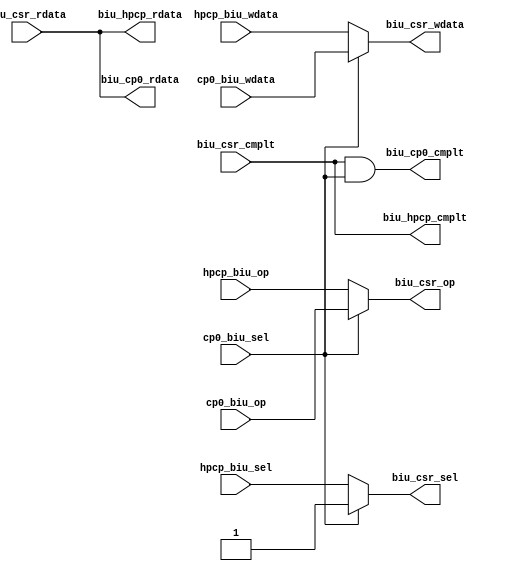
/*Copyright 2019-2021 T-Head Semiconductor Co., Ltd.

Licensed under the Apache License, Version 2.0 (the "License");
you may not use this file except in compliance with the License.
You may obtain a copy of the License at

    http://www.apache.org/licenses/LICENSE-2.0

Unless required by applicable law or agreed to in writing, software
distributed under the License is distributed on an "AS IS" BASIS,
WITHOUT WARRANTIES OR CONDITIONS OF ANY KIND, either express or implied.
See the License for the specific language governing permissions and
limitations under the License.
*/
module ct_biu_csr_req_arbiter(
  biu_cp0_cmplt,
  biu_cp0_rdata,
  biu_csr_cmplt,
  biu_csr_op,
  biu_csr_rdata,
  biu_csr_sel,
  biu_csr_wdata,
  biu_hpcp_cmplt,
  biu_hpcp_rdata,
  cp0_biu_op,
  cp0_biu_sel,
  cp0_biu_wdata,
  hpcp_biu_op,
  hpcp_biu_sel,
  hpcp_biu_wdata
);

// &Ports; @23
input            biu_csr_cmplt; 
input   [127:0]  biu_csr_rdata; 
input   [15 :0]  cp0_biu_op;    
input            cp0_biu_sel;   
input   [63 :0]  cp0_biu_wdata; 
input   [15 :0]  hpcp_biu_op;   
input            hpcp_biu_sel;  
input   [63 :0]  hpcp_biu_wdata; 
output           biu_cp0_cmplt; 
output  [127:0]  biu_cp0_rdata; 
output  [15 :0]  biu_csr_op;    
output           biu_csr_sel;   
output  [63 :0]  biu_csr_wdata; 
output           biu_hpcp_cmplt; 
output  [127:0]  biu_hpcp_rdata; 

// &Regs; @24
reg     [15 :0]  biu_csr_op;    
reg              biu_csr_sel;   
reg     [63 :0]  biu_csr_wdata; 

// &Wires; @25
wire             biu_cp0_cmplt; 
wire    [127:0]  biu_cp0_rdata; 
wire             biu_csr_cmplt; 
wire    [127:0]  biu_csr_rdata; 
wire             biu_hpcp_cmplt; 
wire    [127:0]  biu_hpcp_rdata; 
wire    [15 :0]  cp0_biu_op;    
wire             cp0_biu_sel;   
wire    [63 :0]  cp0_biu_wdata; 
wire    [15 :0]  hpcp_biu_op;   
wire             hpcp_biu_sel;  
wire    [63 :0]  hpcp_biu_wdata; 


// &CombBeg; @27
always @( hpcp_biu_op[15:0]
       or hpcp_biu_wdata[63:0]
       or cp0_biu_wdata[63:0]
       or cp0_biu_op[15:0]
       or cp0_biu_sel
       or hpcp_biu_sel)
begin
  if(cp0_biu_sel)
  begin
    biu_csr_sel         = 1'b1;
    biu_csr_op[15:0]    = cp0_biu_op[15:0];
    biu_csr_wdata[63:0] = cp0_biu_wdata[63:0];
  end
  else
  begin
    biu_csr_sel         = hpcp_biu_sel;
    biu_csr_op[15:0]    = hpcp_biu_op[15:0];
    biu_csr_wdata[63:0] = hpcp_biu_wdata[63:0];
  end
// &CombEnd; @40
end

assign biu_cp0_cmplt         = biu_csr_cmplt && cp0_biu_sel;
assign biu_cp0_rdata[127:0]  = biu_csr_rdata[127:0];
assign biu_hpcp_cmplt        = biu_csr_cmplt;
assign biu_hpcp_rdata[127:0] = biu_csr_rdata[127:0];

// &ModuleEnd; @47
endmodule